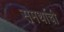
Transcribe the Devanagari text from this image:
समर्थाची